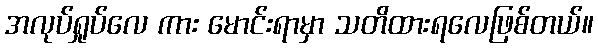
အလုပ်ရှုပ်လေ ကား မောင်းရာမှာ သတိထားရလေဖြစ်တယ်။